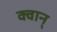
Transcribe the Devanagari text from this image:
क्वान्